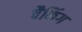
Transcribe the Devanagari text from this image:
चैकिंग